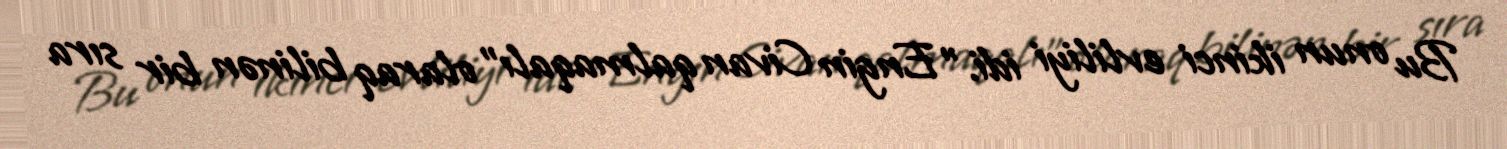
Bu onun ikinci evliliyi idi. "Engin Civan qalmaqalı" olaraq bilinən bir sıra